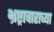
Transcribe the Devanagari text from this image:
भ्रष्ट्राचाराच्या